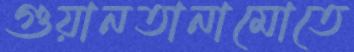
গুয়ানতানামোতে